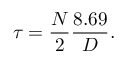
\tau = { \frac { N } { 2 } } { \frac { 8 . 6 9 } { D } } .